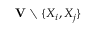
\mathbf { V } \setminus \{ X _ { i } , X _ { j } \}